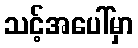
သင့်အပေါ်မှာ